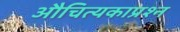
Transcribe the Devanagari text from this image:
औचित्यकाप्रश्न